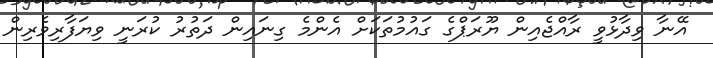
އޭނާ ވިދާޅުވީ ރާއްޖެއިން ޔޫރަޕްގެ ގައުމުތަކަށް އެންމެ ގިނައިން ދަތުރު ކުރަނީ ވިޔަފާރިވެރިން